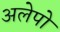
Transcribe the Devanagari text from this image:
अलेपो